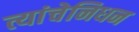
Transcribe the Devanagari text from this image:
त्यांचेनिधन